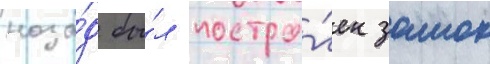
наза́д бы́л постро́ен замок